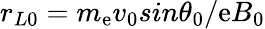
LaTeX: r_{L0}=m_{\mathrm{e}}v_{0}sin\theta_{0}/\mathrm{e}B_{0}